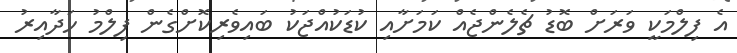
އެ ފިލްމަކީ ވަރަށް ބޮޑު ޗެލެންޖެއް ކަމަށާއި ކުޑަކުއްޖަކު ބައިވެރިކޮށްގެން ފިލްމު ހަދާއިރު